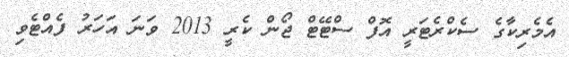
އެމެރިކާގެ ސެކްރެޓަރީ އޮފް ސްޓޭޓް ޖޯން ކެރީ 2013 ވަނަ އަހަރު ފެއްޓެވި